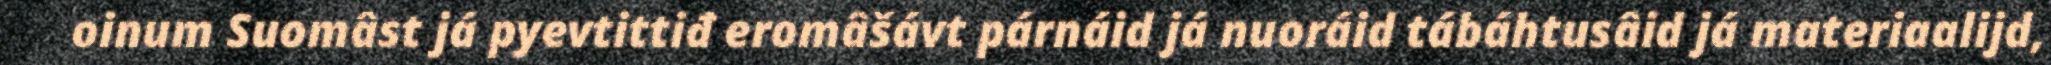
oinum Suomâst já pyevtittiđ eromâšávt párnáid já nuoráid tábáhtusâid já materiaalijd,